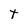
Character: T